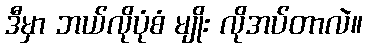
ဒီမှာ ဘယ်လိုပုံစံ မျိုး လိုအပ်တာလဲ။